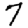
Digit: 7